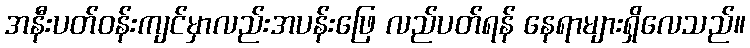
အနီးပတ်ဝန်းကျင်မှာလည်းအပန်းဖြေ လည်ပတ်ရန် နေရာများရှိလေသည်။